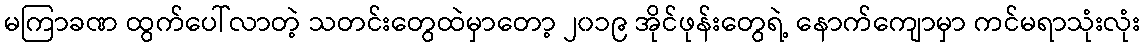
မကြာခဏ ထွက်ပေါ်လာတဲ့ သတင်းတွေထဲမှာတော့ ၂၀၁၉ အိုင်ဖုန်းတွေရဲ့ နောက်ကျောမှာ ကင်မရာသုံးလုံး